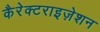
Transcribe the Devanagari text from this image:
कैरेक्टराइज़ेशन